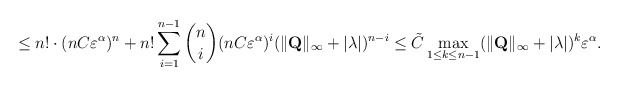
\begin{align*} &\leq n!\cdot (nC\varepsilon^\alpha)^n+n!\sum_{i=1}^{n-1} \binom{n}{i} (nC\varepsilon^\alpha)^i(\|\mathbf Q\|_\infty+|\lambda|)^{n-i}\leq \tilde{C}\max_{1\leq k\leq n-1}( \|\mathbf Q\|_\infty+|\lambda|)^k\varepsilon^\alpha.\end{align*}